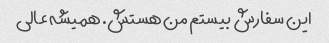
این سفارش بیستم من هستش. همیشه عالی